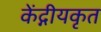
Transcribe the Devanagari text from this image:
केंद्गीयकृत